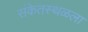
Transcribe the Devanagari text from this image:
संकेतस्थळला